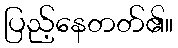
ပြည့်နေတတ်၏။